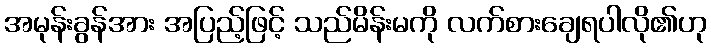
အမုန်းခွန်အား အပြည့်ဖြင့် သည်မိန်းမကို လက်စားချေရပါလို၏ဟု